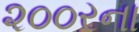
૨૦૦રના